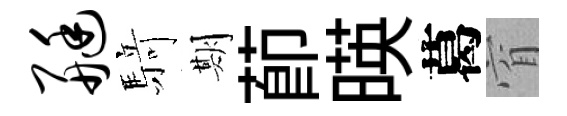
艇𮪍期莭暎葛窅